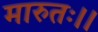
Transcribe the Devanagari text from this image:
मारुतः।।